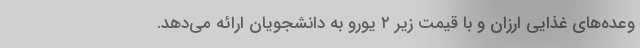
وعده‌‌های غذایی ارزان و با قیمت زیر ۲ یورو به دانشجویان ارائه می‌دهد.